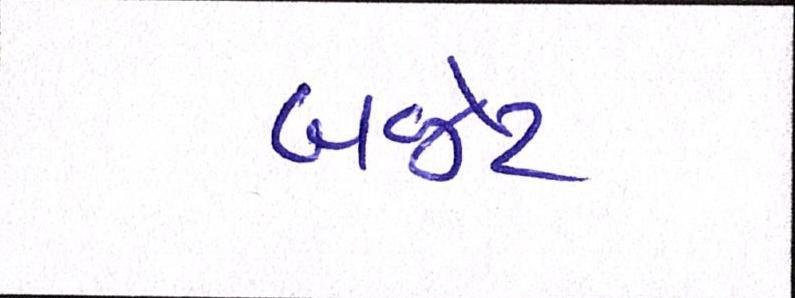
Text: બજેટ